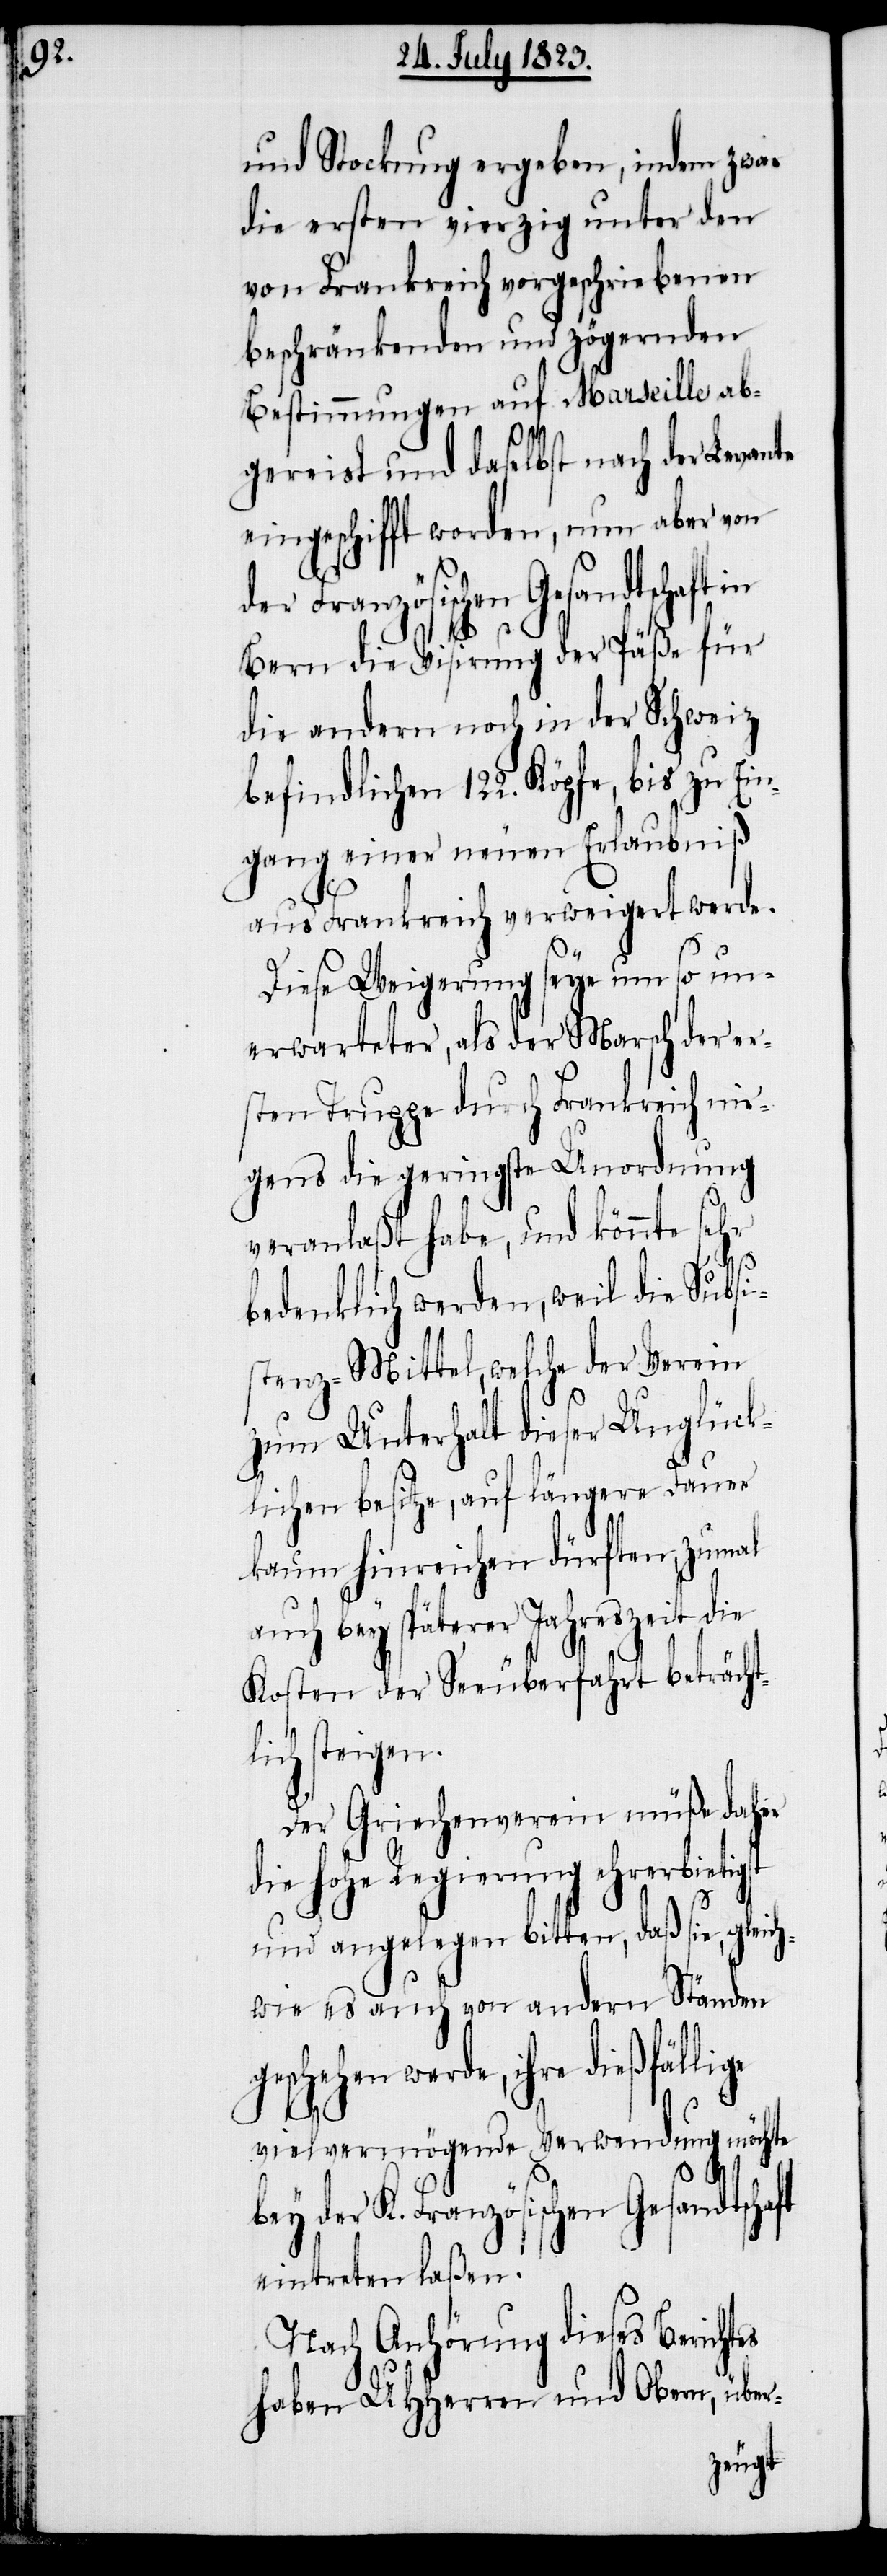
tes

und Stockung ergeben, indem zwar
die ersten vierzig unter den
von Frankreich vorgeschriebenen
beschränkenden und zögernden
Bestimmungen auf Marseille ab¬
gereist und daselbst nach der Levante
eingeschifft worden, nun aber von
Französischen Gesandtschaft
Bern die Visirung der Päße für
die andern noch in der Schweiz
befindlichen 122. Köpfe, bis zu Ein¬
gang einer neuen Erlaubniß
aus Frankreich verweigert werde.
Diese Weigerung seye um so un¬
erwarteter, als der Marsch der er¬
sten Truppe durch Frankreich nir¬
gens die geringste Unordnung
veranlaßt habe, und könnte sehr
bedenklich werden, weil die Subsi¬
stenz-Mittel, welche der Verein
zum Unterhalt dieser Unglück¬
lichen besitze, auf längere Dauer
kaum hinreichen dürften, zumal
auch bey späterer Jahreszeit die
Kosten der Seeüberfahrt beträchtl¬
ich steigen.
Der Griechenverein müße daher
die hohe Regierung ehrerbietigst
und angelegen bitten, daß sie, gleich¬
wie es auch von andern Ständen
geschehen werde, ihre dießfällige
vielvermögende Verwendung möchte
bey der K. Französischen Gesandtschaft
eintreten laßen.
Nach Anhörung dieses Berich¬
haben UHHerren und Obern, über-